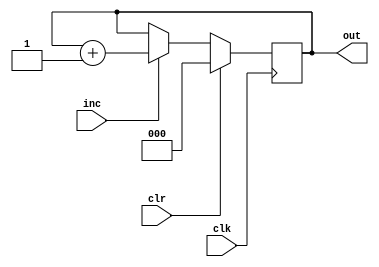
module MY_SCOUNTER (clk,inc,clr,out);
    input clk,inc,clr;
    output reg [2:0] out;

    always @(posedge clk) begin
        if(clr) out <= 3'b0;
        else if(inc) out <= out +1;
    end
endmodule